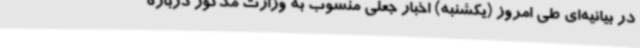
در بیانیه‌ای طی امروز (یکشنبه) اخبار جعلی منسوب به وزارت مذکور درباره